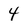
Character: 4